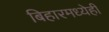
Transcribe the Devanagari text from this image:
बिहारमध्येही